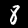
Label: 8